Vital statistics of India. Vol. IV, Annual returns from 1871 to 1876. British Army of India, Native Army and jails of Bengal
Year: 1871
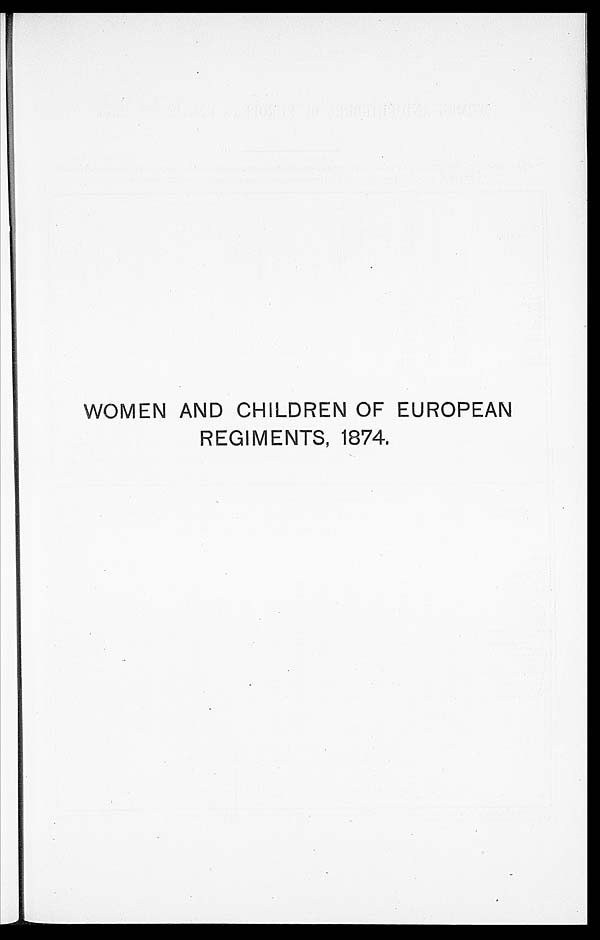
WOMEN AND CHILDREN OF EUROPEAN
REGIMENTS, 1874.